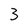
Character: 3